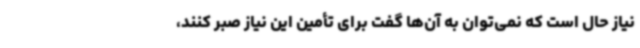
نیاز حال است که نمی‌توان به آن‌ها گفت برای تأمین این نیاز صبر کنند،